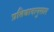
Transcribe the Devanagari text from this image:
प्रतिवादानुसार